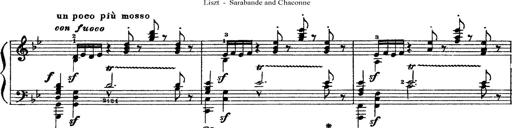
Title: Sarabande und Chaconne aus dem Singspiel
Composer: Franz Liszt